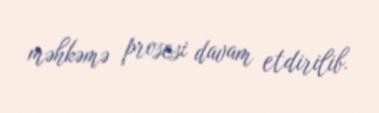
məhkəmə prosesi davam etdirilib.